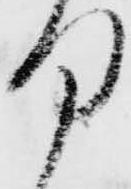
部